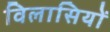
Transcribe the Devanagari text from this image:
विलासियों